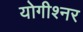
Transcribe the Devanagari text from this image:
योगीश्नर